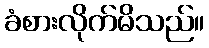
ခံစားလိုက်မိသည်။